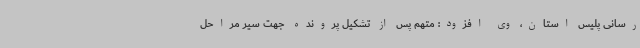
رسانی پلیس استان، وی افزود: متهم پس از تشکیل پرونده جهت سیر مراحل